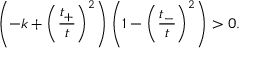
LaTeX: \left( - k + \left( \frac { t _ { + } } { t } \right) ^ { 2 } \right) \left( 1 - \left( \frac { t _ { - } } { t } \right) ^ { 2 } \right) > 0 .